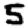
Digit: 5